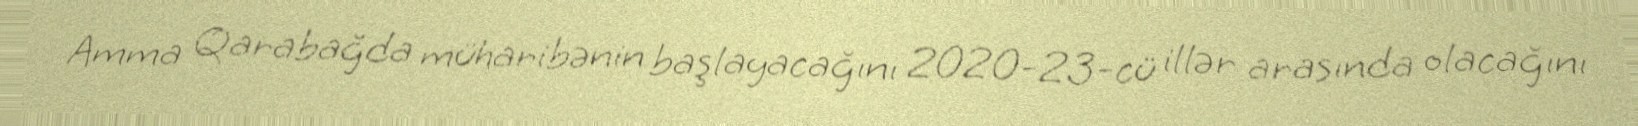
Amma Qarabağda müharibənin başlayacağını 2020-23-cü illər arasında olacağını